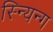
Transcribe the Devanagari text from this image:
स्न्यिन्ग